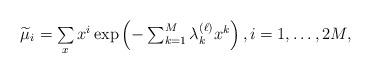
LaTeX: \begin{align*}\textstyle\widetilde{\mu}_i = \sum\limits_{x} x^i \exp \left( -\sum\nolimits_{k=1}^{M} \lambda_k^{(\ell)} x^k \right),i=1,\ldots,2M,\end{align*}